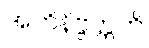
အဘိနိဗ္ဗတ္တတိ